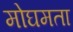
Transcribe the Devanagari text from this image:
मोघमता